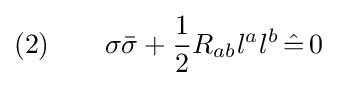
(2)\qquad \sigma {\bar {\sigma }}+{\frac {1}{2}}R_{ab}l^{a}l^{b}\,{\hat {=}}\,0